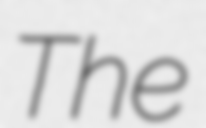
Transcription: The